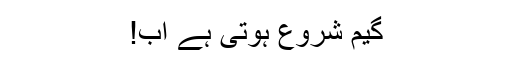
گیم شروع ہوتی ہے اب!